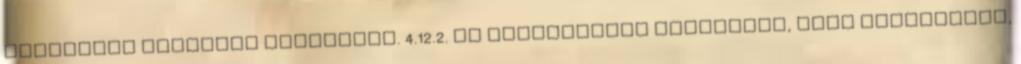
eszközhöz lehessen kapcsolni. 4.12.2. Az automatikus érzékelõk, kézi jelzésadók,